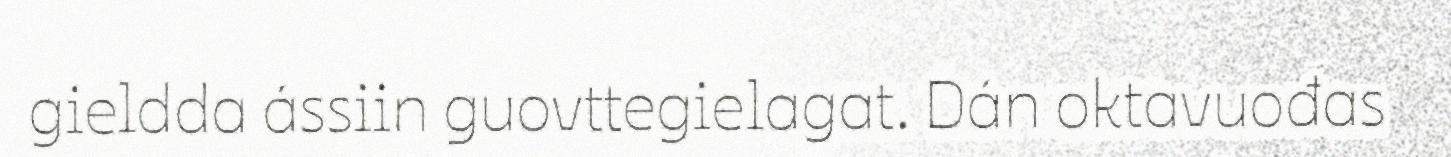
gieldda ássiin guovttegielagat. Dán oktavuođas